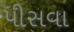
પીસવા